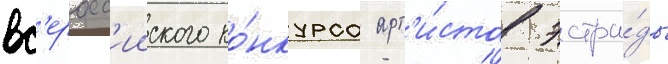
вс'еросс'ииского ко́нкурса арт'и́стов эстра́ды